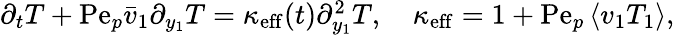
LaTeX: \begin{array}{r}{\partial_{t}T+\mathrm{Pe}_{p}\bar{v}_{1}\partial_{y_{1}}T=\kappa_{\mathrm{eff}}(t)\partial_{y_{1}}^{2}T,\quad\kappa_{\mathrm{eff}}=1+\mathrm{Pe}_{p}\left\langle v_{1}T_{1}\right\rangle,}\end{array}